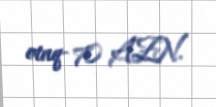
otaq- 70 AZN.